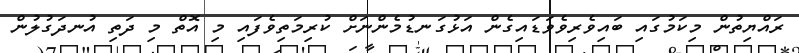
ރައްޔިތުން މިކަމުގައި ބައިވެރިވެވަޑައިގެން އަޅުގަނޑުމެންނަށް ކުރިމަތިވެފައި މި އޮތް މި ދަތި އުނދަގުލުން